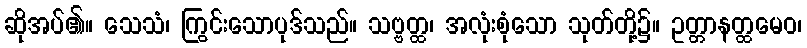
ဆိုအပ်၏။ သေသံ၊ ကြွင်းသောပုဒ်သည်။ သဗ္ဗတ္ထ၊ အလုံးစုံသော သုတ်တို့၌။ ဥတ္တာနတ္ထမေဝ၊